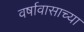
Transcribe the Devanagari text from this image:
वर्षावासाच्या